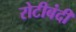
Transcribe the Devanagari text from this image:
रोटीबंदी